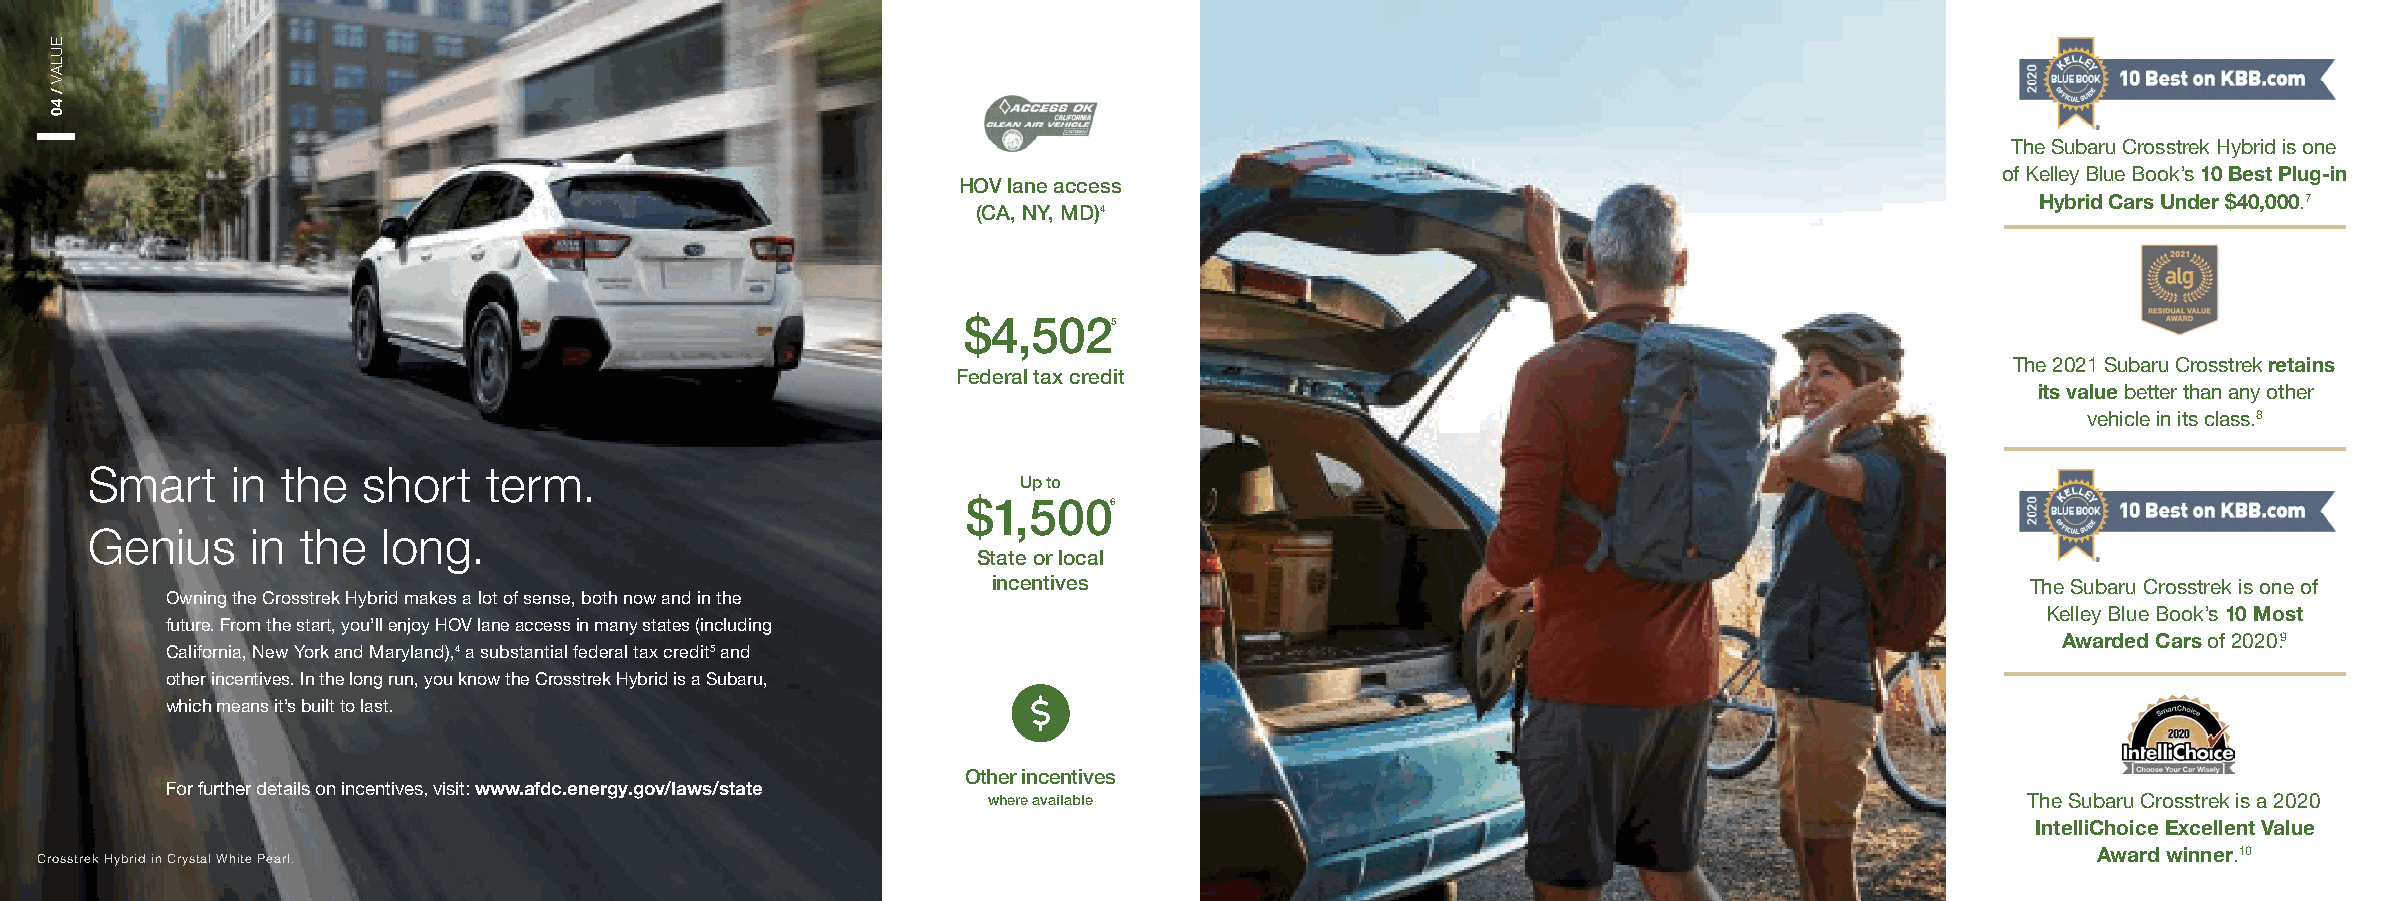
The Subaru Crosstrek Hybrid is one
 of Kelley Blue Book’s 10 Best Plug-in
 HOV lane access
 Hybrid Cars Under $40,000.7
 (CA, NY, MD)4
 $4,5025
 The 2021 Subaru Crosstrek retains
 Federal tax credit
 its value better than any other
 vehicle in its class.8
 Smart    in  the  short   term.
 Up to
 $1,5006
 Genius     in the  long.
 State or local
 incentives                                                          The Subaru Crosstrek is one of
 Owning the Crosstrek Hybrid makes a lot of sense, both now and in the
 Kelley Blue Book’s 10 Most
 future. From the start, you’ll enjoy HOV lane access in many states (including
 Awarded Cars of 2020.9
 California, New York and Maryland),4 a substantial federal tax credit5 and
 other incentives. In the long run, you know the Crosstrek Hybrid is a Subaru,
 which means it’s built to last.
 Other incentives
 For further details on incentives, visit: www.afdc.energy.gov/laws/state
 where available                                                      The Subaru Crosstrek is a 2020
 IntelliChoice Excellent Value
 Award winner.10
 Crosstrek Hybrid in Crystal White Pearl.
 EULAV
 /
 40